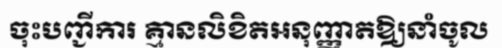
ចុះបញ្ជីការ គ្មានលិខិតអនុញ្ញាតឱ្យនាំចូល